Scottish Leaving Certificate Examination, 1958
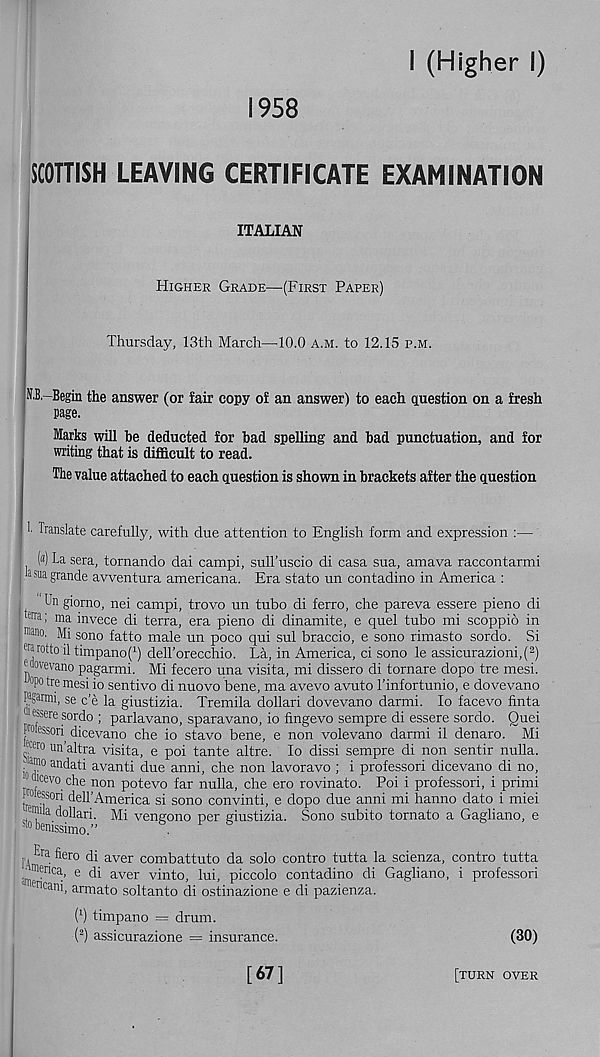
1958
I (Higher I)
SCOTTISH LEAVING CERTIFICATE EXAMINATION
ITALIAN
Higher Grade—(First Paper)
Thursday, 13th March—10.0 a.m. to 12.15 p.m.
N.B,-Begin the answer (or fair copy of an answer) to each question on a fresh
page.
larks will he deducted for bad spelling and bad punctuation, and for
writing that is difficult to read.
The value attached to each question is shown in brackets after the question
t Translate carefully, with due attention to English form and expression :—
(«) La sera, tornando dai campi, suH’uscio di casa sua, amava raccontarmi
la sua grande avventura americana. Era stato un contadino in America :
In giorno, nei campi, trovo un tubo di ferro, che pareva essere pieno di
err a; ma invece di terra, era pieno di dinamite, e quel tubo mi scoppio in
nuno. M| S ono fatto male un poco qui sul braccio, e sono rimasto sordo. Si
®rotto'il timpano( 1 ) dell’orecchio. La, in America, ci sono le assicurazioni,( 2 )
(dovevanb pagarmi. Mi fecero una visita, mi dissero di tornare dopo tre mesi.
0 P° * re mesi io sentivo di nuovo bene, ma avevo avuto 1’infortunio, e dovevano
pirni, se c’e la giustizia. Tremila dollari dovevano darmi. lo facevo finta
' J 1 ssere sordo ; parlavano, sparavano, io fingevo sempre di essere sordo. Ouei
Proiessoii dicevano che io stavo bene, e non volevano darmi il denaro. Mi
, ecero un ’altra visita, e poi tante altre. lo dissi sempre di non sentir nulla.
j®®° an dati avanti due anni, che non lavoravo ; i professor! dicevano di no,
IJ icevo che non potevo far nulla, che ero rovinato. Poi i professori, i primi
Wessori dell’America si sono convinti, e dopo due anni mi hanno dato i miei
..^‘“.dollari. Mi vengono per giustizia. Sono subito tomato a Gagliano, e
Era hero di aver combattuto da solo contro tutta la scienza, contro tutta
; in
menca ’ e
aver vinto, lui, piccolo contadino di Gagliano, i professori
ltr, cani, armato soltanto di ostinazione e di pazienza.
I 1 ) timpano = drum.
( 2 ) assicurazione = insurance.
(30)
[67]
[TURN over